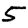
Digit: 5